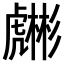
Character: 𧈇